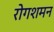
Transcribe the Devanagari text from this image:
रोगशमन